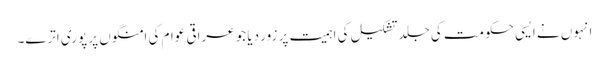
انہوں نے ایسی حکومت کی جلد تشکیل کی اہمیت پر زور دیا جو عراقی عوام کی امنگوں پر پوری اترے۔